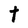
Character: T